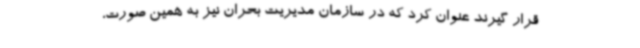
قرار گیرند عنوان کرد که در سازمان مدیریت بحران نیز به همین صورت،